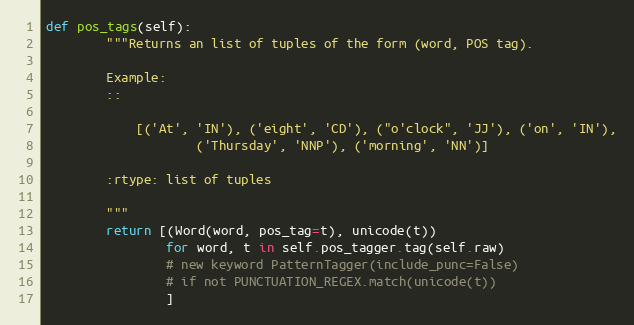
Language: Python
def pos_tags(self):
        """Returns an list of tuples of the form (word, POS tag).

        Example:
        ::

            [('At', 'IN'), ('eight', 'CD'), ("o'clock", 'JJ'), ('on', 'IN'),
                    ('Thursday', 'NNP'), ('morning', 'NN')]

        :rtype: list of tuples

        """
        return [(Word(word, pos_tag=t), unicode(t))
                for word, t in self.pos_tagger.tag(self.raw)
                # new keyword PatternTagger(include_punc=False)
                # if not PUNCTUATION_REGEX.match(unicode(t))
                ]